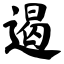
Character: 遏